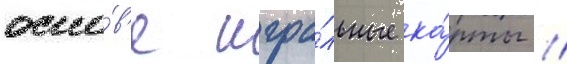
осно́в'е игра́льные ка́рты /